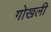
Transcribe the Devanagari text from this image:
गोखली